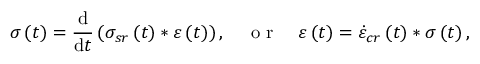
\sigma \left( t \right) = \frac { \mathrm { d } } { \mathrm { d } t } \left( \sigma _ { s r } \left( t \right) \ast \varepsilon \left( t \right) \right) , \quad \mathrm { ~ o ~ r ~ } \quad \varepsilon \left( t \right) = \dot { \varepsilon } _ { c r } \left( t \right) \ast \sigma \left( t \right) ,